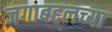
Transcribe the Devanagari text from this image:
जगाबद्दलच्या